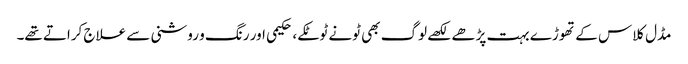
مڈل کلاس کے تھوڑے بہت پڑھے لکھے لوگ بھی ٹونے ٹوٹکے، حکیمی اور رنگ و روشنی سے علاج کراتے تھے۔